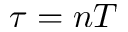
\tau = n T